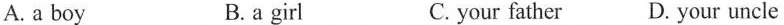
A.a boy B.a girl C.your father D.Your uncle